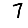
Digit: 7